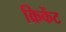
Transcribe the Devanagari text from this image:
क्रिकेंट